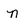
Character: n